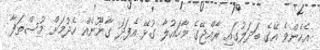
އެހެންވެ އޭގެ ބަދަލުގައި ރާއްޖޭގެ މާހައުލާ ގުޅޭ އެފަދަ ގާނޫނެއް ހެދުމަށް މުސްތަފާ